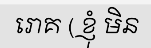
រោគ ( ខ្ញុំ មិន